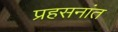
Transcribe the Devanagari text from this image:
प्रहसनांत